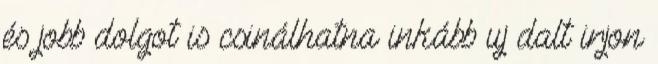
és jobb dolgot is csinálhatna inkább uj dalt irjon